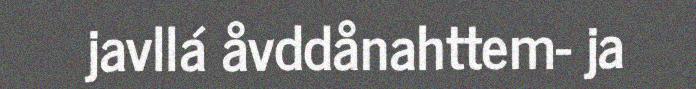
javllá åvddånahttem- ja